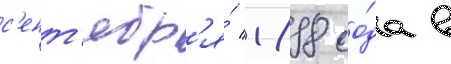
с'ент'ябр'я́ 1898 го́да в